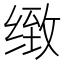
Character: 𰬫